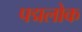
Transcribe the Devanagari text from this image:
पद्मलोक